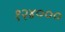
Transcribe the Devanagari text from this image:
१२४०००